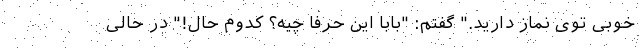
خوبی توی نماز دارید." گفتم: "بابا این حرفا چیه؟ کدوم حال!" در حالی